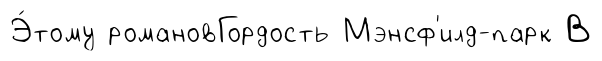
Э́тому романовГордость Мэнсф'илд-парк В